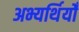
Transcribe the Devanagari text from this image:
अभ्यर्थियोँ